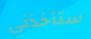
ستأخذني